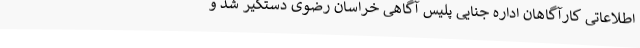
اطلاعاتی کارآگاهان اداره جنایی پلیس آگاهی خراسان رضوی دستگیر شد و